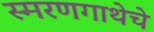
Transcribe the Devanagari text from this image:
स्मरणगाथेचे